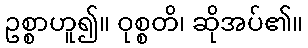
ဥစ္စာဟူ၍။ ဝုစ္စတိ၊ ဆိုအပ်၏။